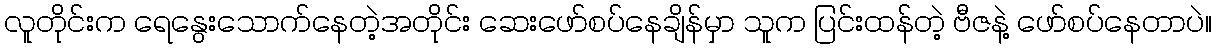
လူတိုင်းက ရေနွေးသောက်နေတဲ့အတိုင်း ဆေးဖော်စပ်နေချိန်မှာ သူက ပြင်းထန်တဲ့ ဗီဇနဲ့ ဖော်စပ်နေတာပဲ။